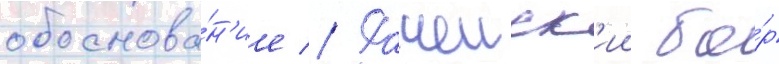
обоснова́н'ие // Рачеиск'ии бо́р